Indian journal of veterinary science and animal husbandry - Volume 8,
Year: 1938
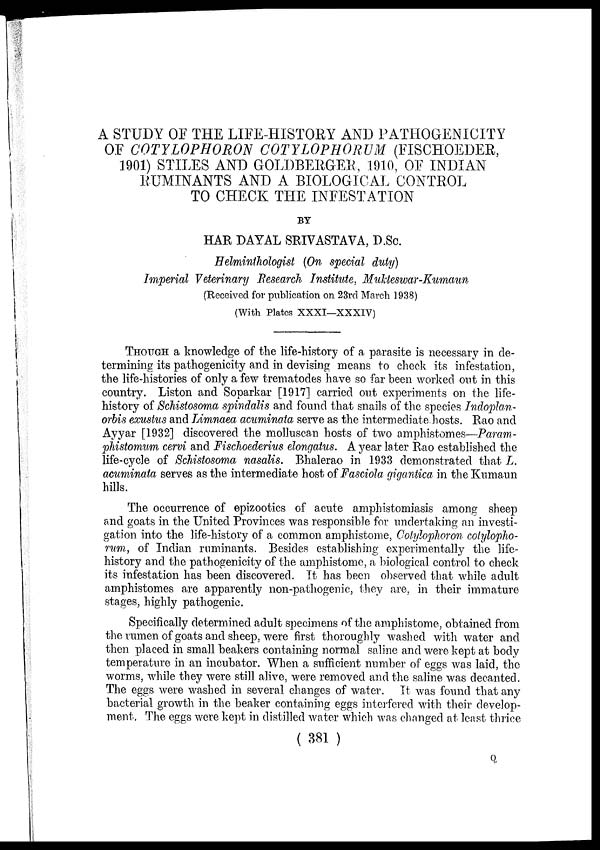
A STUDY OF THE LIFE-HISTORY AND PATHOGENICITY
OF COTYLOPHORON COTYLOPHORUM (FISCHOEDER,
1901) STILES AND GOLDBERGER, 1910, OF INDIAN
RUMINANTS AND A BIOLOGICAL CONTROL
TO CHECK THE INFESTATION
BY
HAR DAYAL SRIVASTAVA, D.Sc.
Helminthologist (On special duty)
Imperial Veterinary Research Institute, Mukteswar-Kumaun
(Received for publication on 23rd March 1938)
(With Plates XXXI—XXXIV)
THOUGH a knowledge of the life-history of a parasite is necessary in de-
termining its pathogenicity and in devising means to check its infestation,
the life-histories of only a few trematodes have so far been worked out in this
country. Liston and Soparkar [1917] carried out experiments on the life-
history of Schistosoma spindalis and found that snails of the species Indoplan¬
orbis exustus and Limnaea acuminata serve as the intermediate hosts. Rao and
Ayyar [1932] discovered the molluscan hosts of two amphistomes—Param-
phistomum cervi and Fischoederius elongatus. A year later Rao established the
life-cycle of Schistosoma nasalis. Bhalerao in 1933 demonstrated that L.
acuminata serves as the intermediate host of Fasciola gigantica in the Kumaun
hills.
The occurrence of epizootics of acute amphistomiasis among sheep
and goats in the United Provinces was responsible for undertaking an investi-
gation into the life-history of a common amphistome, Cotylophoron cotylopho¬
rum, of Indian ruminants. Besides establishing experimentally the life-
history and the pathogenicity of the amphistome, a biological control to check
its infestation has been discovered. It has been observed that while adult
amphistomes are apparently non-pathogenic, they are, in their immature
stages, highly pathogenic.
Specifically determined adult specimens of the amphistome, obtained from
the rumen of goats and sheep, were first thoroughly washed with water and
then placed in small beakers containing normal saline and were kept at body
temperature in an incubator. When a sufficient number of eggs was laid, the
worms, while they were still alive, were removed and the saline was decanted.
The eggs were washed in several changes of water. It was found that any
bacterial growth in the beaker containing eggs interfered with their develop-
ment. The eggs were kept in distilled water which was changed at least thrice
( 381 )
Q.